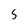
Character: 5